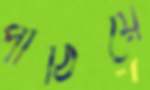
পাঠিয়ে